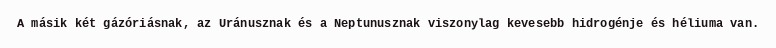
A másik két gázóriásnak, az Uránusznak és a Neptunusznak viszonylag kevesebb hidrogénje és héliuma van.